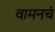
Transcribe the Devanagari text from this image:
वामनचं